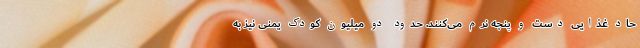
حاد غذایی دست و پنجه نرم می‌کنند. حدود دو میلیون کودک یمنی نیز به